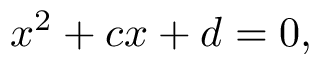
x ^ { 2 } + c x + d = 0 ,